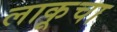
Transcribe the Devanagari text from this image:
लाकूचा